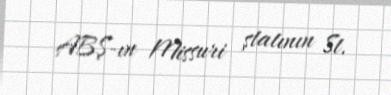
ABŞ-ın Missuri ştatının St.